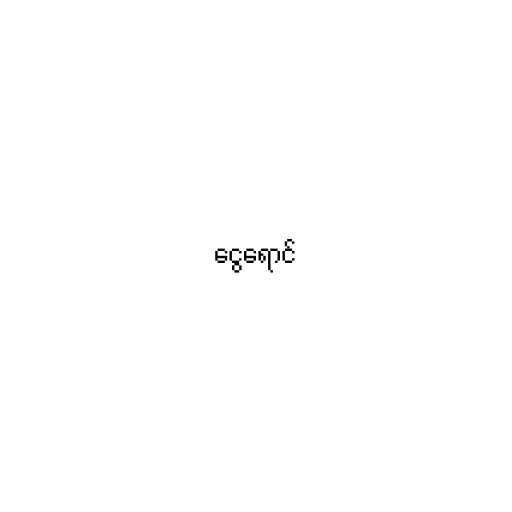
ငွေရောင်